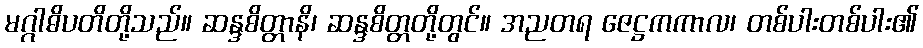
မဂ္ဂါဓိပတိတို့သည်။ ဆန္ဒစိတ္တာနိ၊ ဆန္ဒစိတ္တတို့တွင်။ အညတရ ဇေဋ္ဌကကာလ၊ တစ်ပါးတစ်ပါး၏